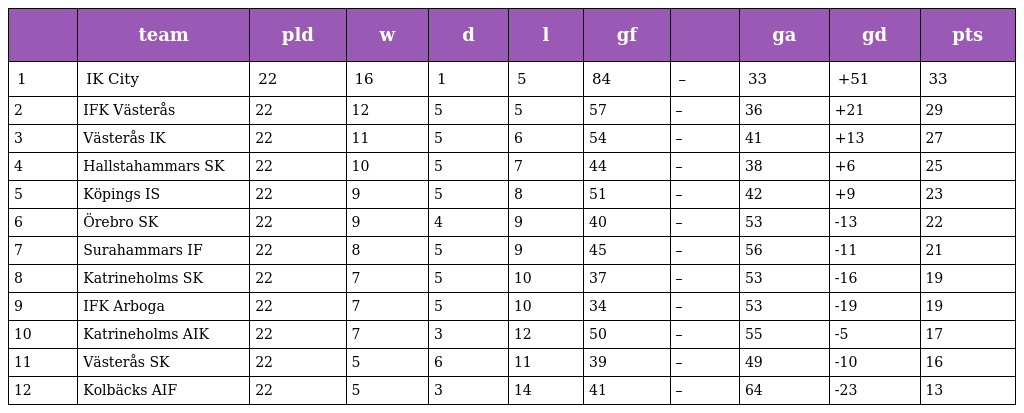
|  | team | pld | w | d | l | gf |  | ga | gd | pts |
 | --- | --- | --- | --- | --- | --- | --- | --- | --- | --- | --- |
 | 1 | IK City | 22 | 16 | 1 | 5 | 84 | – | 33 | +51 | 33 |
 | 2 | IFK Västerås | 22 | 12 | 5 | 5 | 57 | – | 36 | +21 | 29 |
 | 3 | Västerås IK | 22 | 11 | 5 | 6 | 54 | – | 41 | +13 | 27 |
 | 4 | Hallstahammars SK | 22 | 10 | 5 | 7 | 44 | – | 38 | +6 | 25 |
 | 5 | Köpings IS | 22 | 9 | 5 | 8 | 51 | – | 42 | +9 | 23 |
 | 6 | Örebro SK | 22 | 9 | 4 | 9 | 40 | – | 53 | -13 | 22 |
 | 7 | Surahammars IF | 22 | 8 | 5 | 9 | 45 | – | 56 | -11 | 21 |
 | 8 | Katrineholms SK | 22 | 7 | 5 | 10 | 37 | – | 53 | -16 | 19 |
 | 9 | IFK Arboga | 22 | 7 | 5 | 10 | 34 | – | 53 | -19 | 19 |
 | 10 | Katrineholms AIK | 22 | 7 | 3 | 12 | 50 | – | 55 | -5 | 17 |
 | 11 | Västerås SK | 22 | 5 | 6 | 11 | 39 | – | 49 | -10 | 16 |
 | 12 | Kolbäcks AIF | 22 | 5 | 3 | 14 | 41 | – | 64 | -23 | 13 |